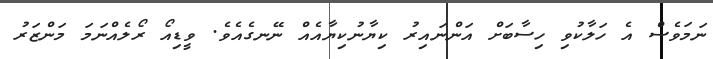
ނަމަވެސް އެ ހަލާކުވި ހިސާބަށް އަންނައިރު ކިޔާނުކިޔާއެއް ނޭނގެއެވެ. ވީޑިއޯ ރޯލެއްނަމަ މަންޒަރު